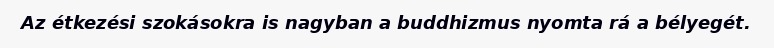
Az étkezési szokásokra is nagyban a buddhizmus nyomta rá a bélyegét.